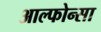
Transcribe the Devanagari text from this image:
आल्फोन्सा